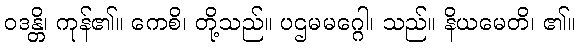
ဝဒန္တိ၊ ကုန်၏။ ကေစိ၊ တို့သည်။ ပဌမမဂ္ဂေါ၊ သည်။ နိယမေတိ၊ ၏။